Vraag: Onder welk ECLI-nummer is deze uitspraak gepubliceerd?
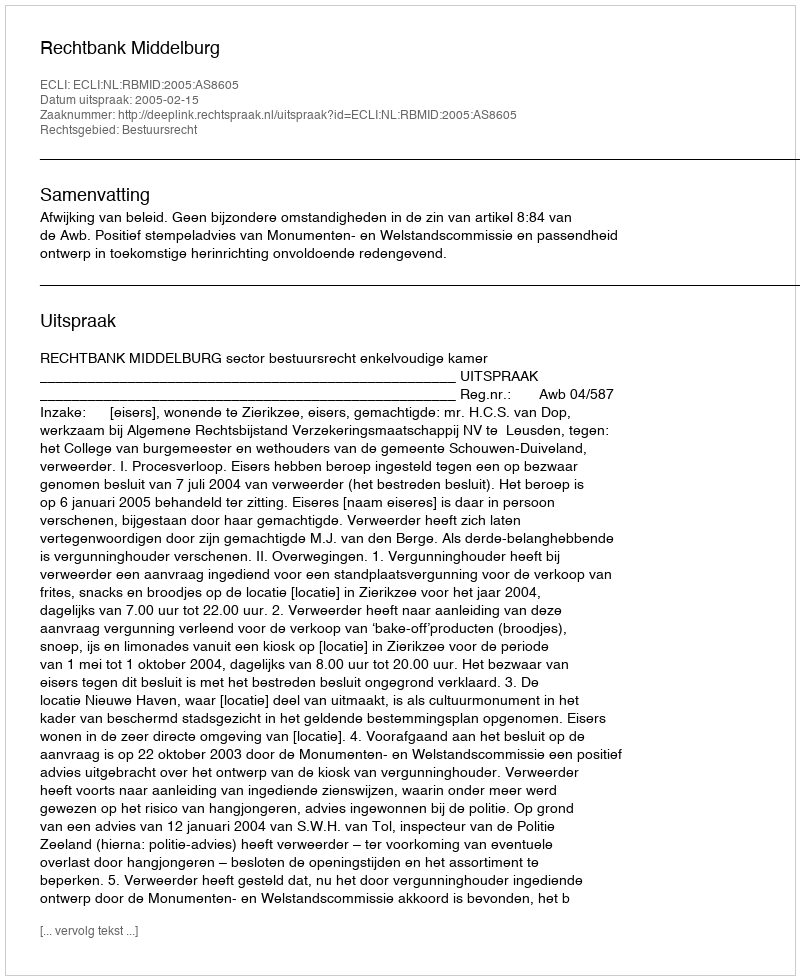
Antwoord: ECLI:NL:RBMID:2005:AS8605